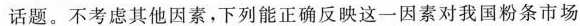
话题。不考虑其他因素，下列能正确反映这一因素对我国粉条市场